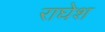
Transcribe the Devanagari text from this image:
राघेश